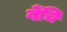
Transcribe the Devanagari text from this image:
बेंचि